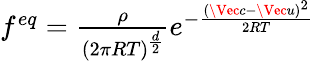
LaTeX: \begin{array}{r}{f^{eq}=\frac{\rho}{(2\pi RT)^{\frac{d}{2}}}e^{-\frac{(\Vec{c}-\Vec{u})^{2}}{2RT}}}\end{array}